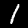
Label: 1